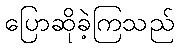
ပြောဆိုခဲ့ကြသည်